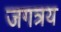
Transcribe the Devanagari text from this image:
जगत्रय